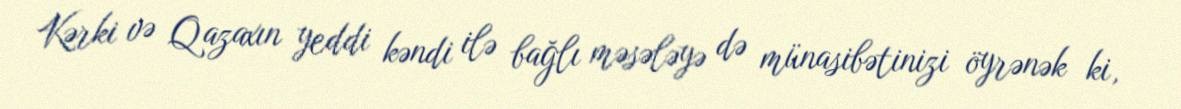
Kərki və Qazaxın yeddi kəndi ilə bağlı məsələyə də münasibətinizi öyrənək ki,